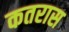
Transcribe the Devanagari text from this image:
कतरास